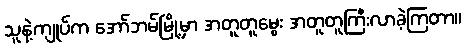
သူနဲ့ကျုပ်က အော်ဘမ်မြို့မှာ အတူတူမွေး အတူတူကြီးလာခဲ့ကြတာ။